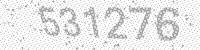
Solution: 531276